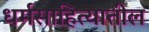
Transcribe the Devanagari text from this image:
धर्मसाहित्यातील